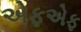
એફએફ